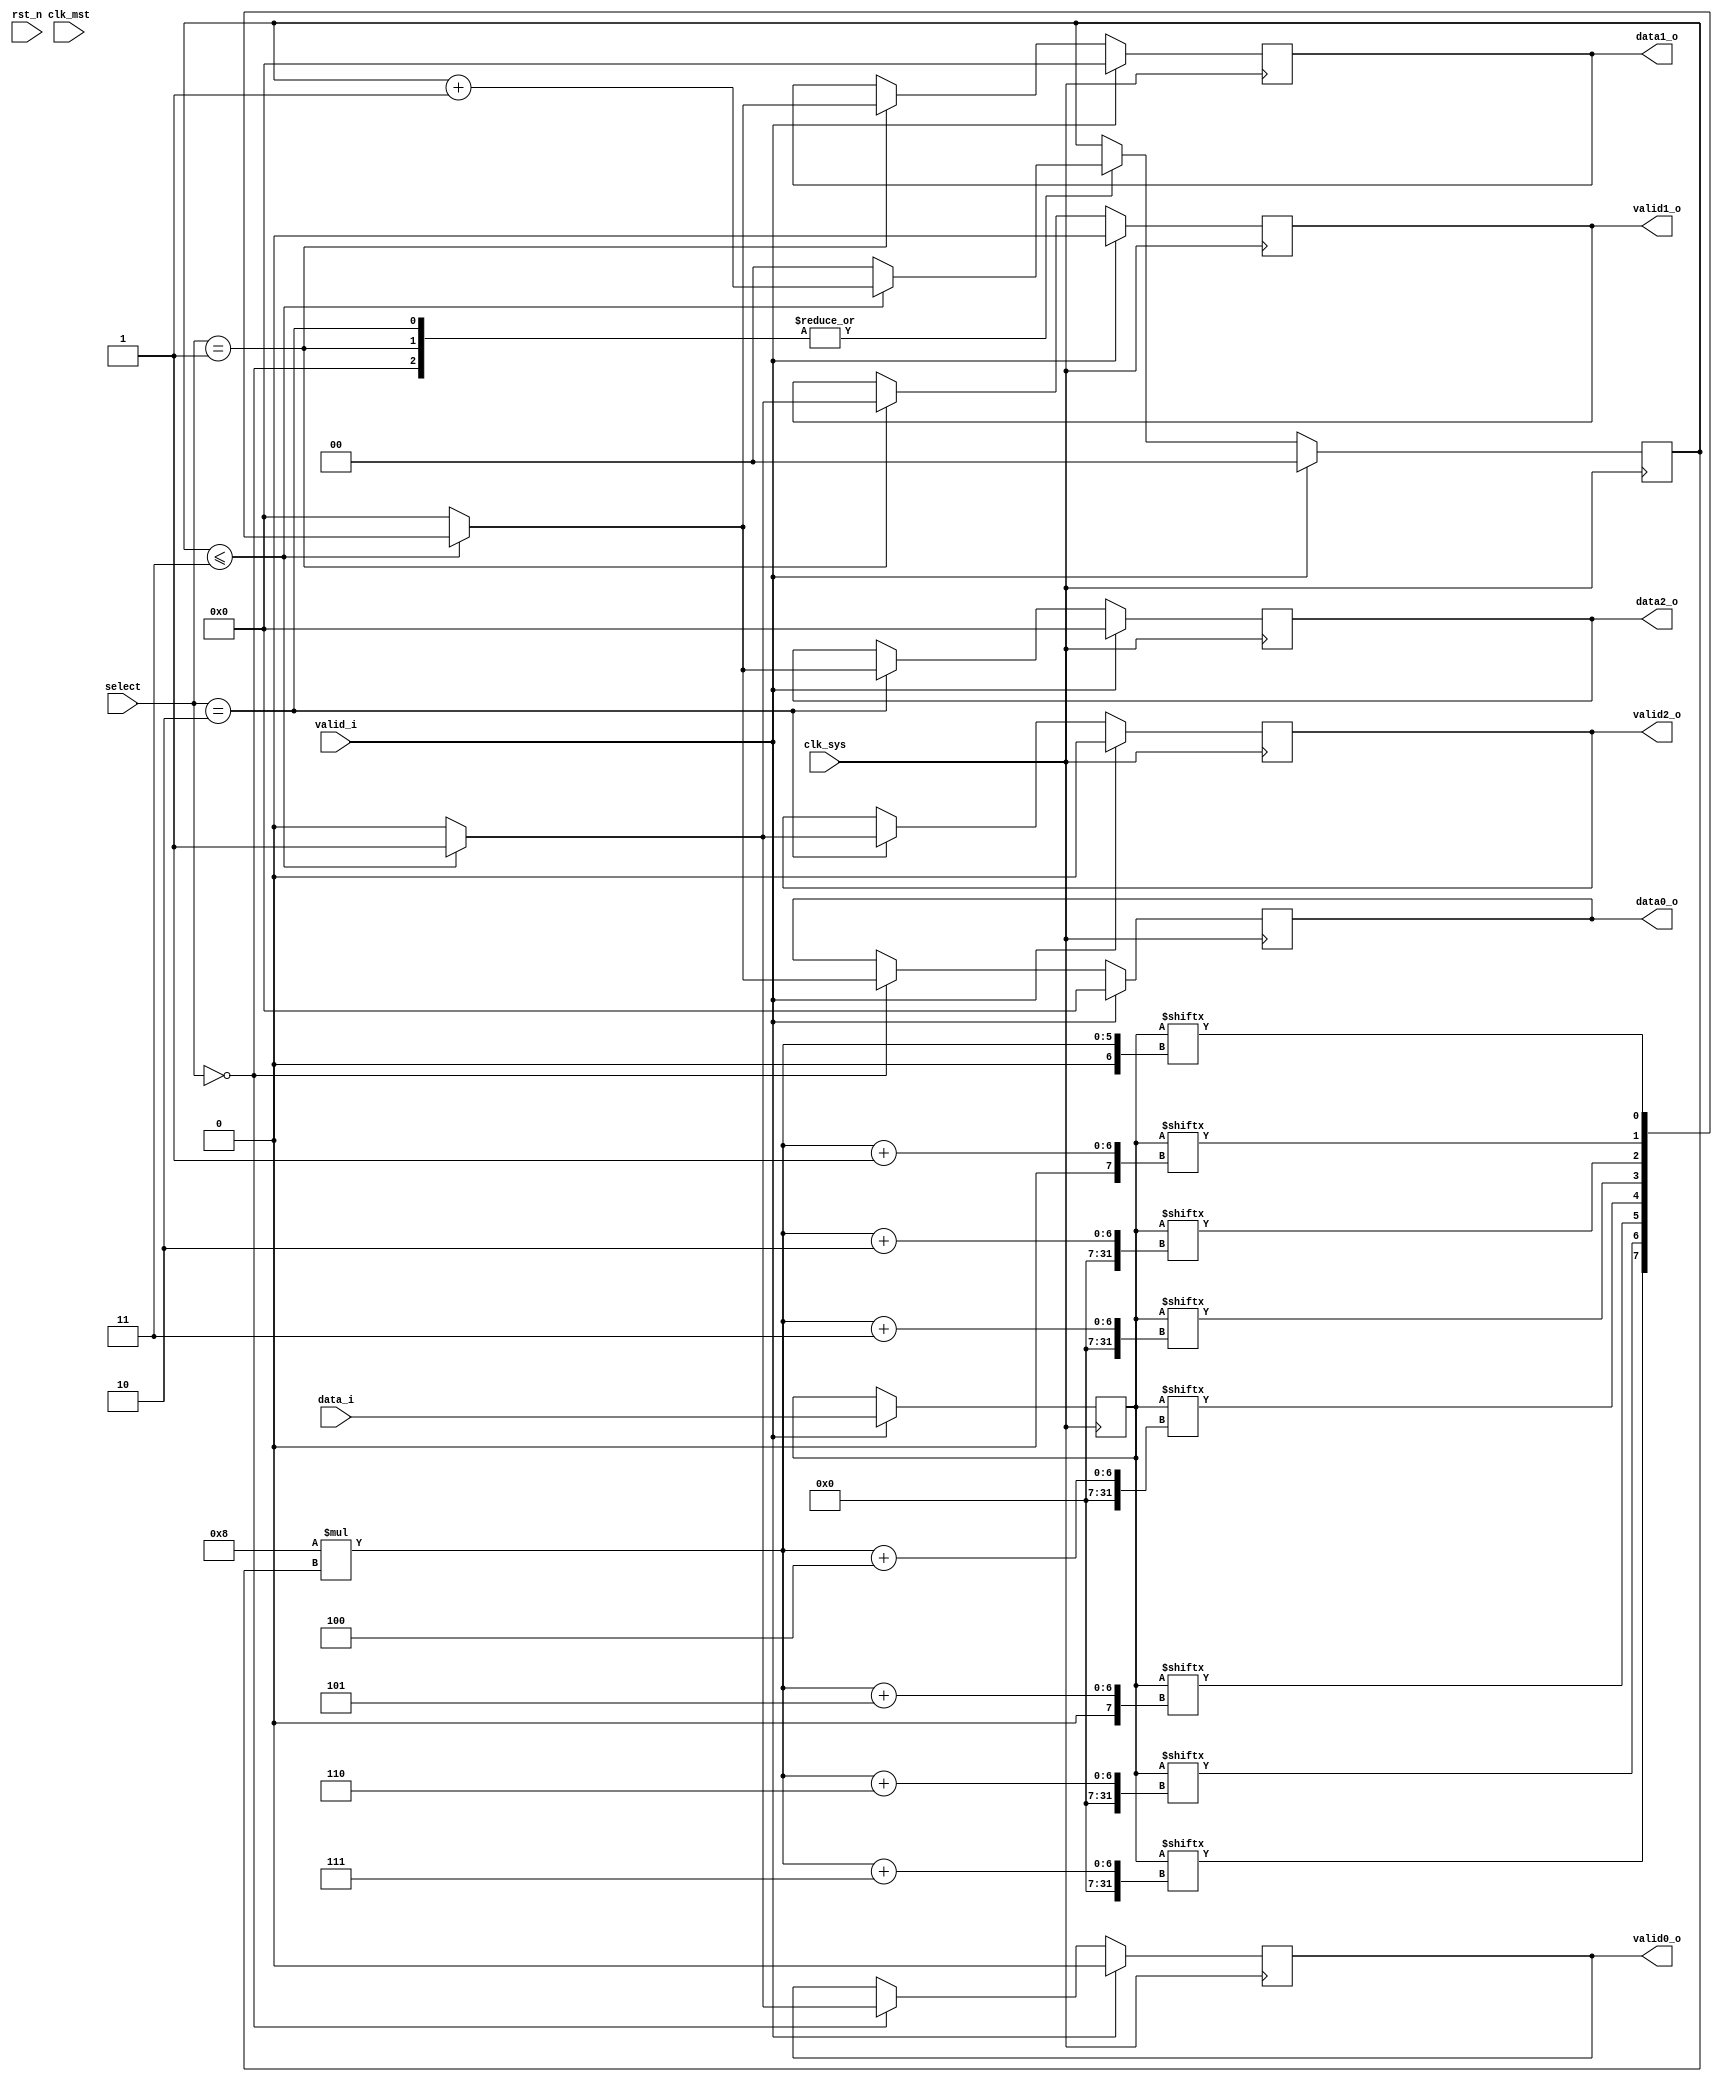
`timescale 1ns / 1ps

module demux #(
		parameter MST_DWIDTH = 32,
		parameter SYS_DWIDTH = 8
	)(
		// Clock and reset interface
		input clk_sys,
		input clk_mst,
		input rst_n,
		
		//Select interface
		input[1:0] select,
		
		// Input interface
		input [MST_DWIDTH -1  : 0]	 data_i,
		input 						 valid_i,
		
		//output interfaces
		output reg [SYS_DWIDTH - 1 : 0] 	data0_o,
		output reg     						valid0_o,
		
		output reg [SYS_DWIDTH - 1 : 0] 	data1_o,
		output reg     						valid1_o,
		
		output reg [SYS_DWIDTH - 1 : 0] 	data2_o,
		output reg     						valid2_o
    );
	
	
	// TODO: Implement DEMUX logic
	reg[MST_DWIDTH - 1 : 0] data_reg;
	reg [1:0] i;
	always @(posedge clk_sys) begin
	   if(valid_i == 1) begin
	       data_reg <= data_i;
	       valid0_o <= 0;
	       valid1_o <= 0;
	       valid2_o <= 0;
	       data0_o <= 0;
	       data1_o <= 0;
	       data2_o <= 0;
	       i <= 2'b00;
	   end
	   else begin
	       case(select)
	           2'b00: begin
	               if(i <= 2'b11) begin
	                   data0_o <= {data_reg[8*i + 7], data_reg[8*i + 6], data_reg[8*i + 5],
                               data_reg[8*i + 4], data_reg[8*i + 3], data_reg[8*i + 2],
                               data_reg[8*i + 1], data_reg[8*i]};
	                   valid0_o <= 1;
	                   i <= i + 1;
	               end
	               else begin 
	                   data0_o <= 0;
	                   valid0_o <= 0;
	                   i <= 2'b00;
	               end
	           end
	           2'b01: begin
	               if(i <= 2'b11) begin
	                   data1_o <= {data_reg[8*i + 7], data_reg[8*i + 6], data_reg[8*i + 5],
                               data_reg[8*i + 4], data_reg[8*i + 3], data_reg[8*i + 2],
                               data_reg[8*i + 1], data_reg[8*i]};
	                   valid1_o <= 1;
	                   i <= i + 1;
	               end
	               else begin
	                   data1_o <= 0;
	                   valid1_o <= 0;
	                   i <= 2'b00;
	               end
	           end
	           2'b10: begin
	               if(i <= 2'b11) begin
	                   data2_o <= {data_reg[8*i + 7], data_reg[8*i + 6], data_reg[8*i + 5],
                               data_reg[8*i + 4], data_reg[8*i + 3], data_reg[8*i + 2],
                               data_reg[8*i + 1], data_reg[8*i]};
	                   valid2_o <= 1;
	                   i <= i + 1;
	               end
	               else begin
	                   data2_o <= 0;
	                   valid2_o <= 0;
	                   i <= 2'b00;
	               end
	           end
	       endcase
	   end
	end
endmodule